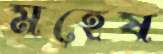
মহেষ